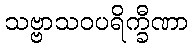
သဗ္ဗာသဝပရိက္ခီဏာ